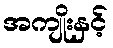
အကျိုးနှင့်